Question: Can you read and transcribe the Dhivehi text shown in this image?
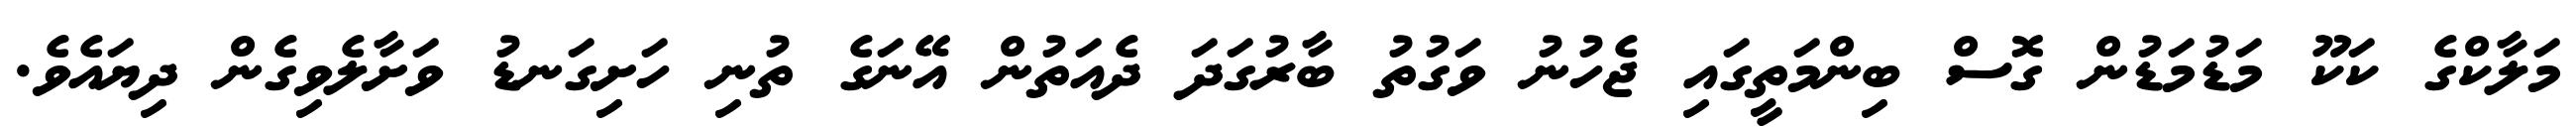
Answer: މަލާކްގެ ކަކޫ މަޑުމަޑުން ގޮސް ބިންމަތީގައި ޖެހުނު ވަގުތު ބާރުގަދަ ދެއަތުން އޭނަގެ ތުނި ހަށިގަނޑު ވަށާލެވިގެން ދިޔައެވެ.